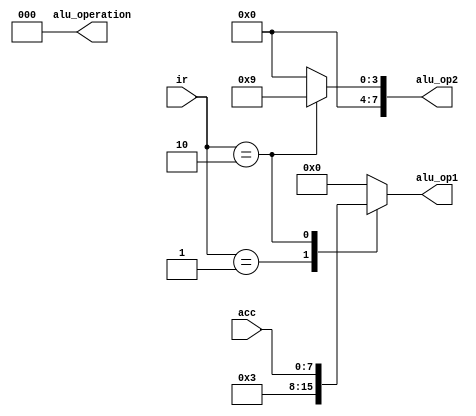
module Decode (
    input [7:0] ir,
    output reg [7:0] alu_op1,
    output reg [7:0] alu_op2,
    output reg [2:0] alu_operation,
    input [7:0] acc
);
    always @(*) begin
        case (ir)
            8'h01: begin
                alu_op1 = 8'd3;  // LOAD 3
                alu_op2 = 8'd0;
                alu_operation = 3'b000;  // ADD operation
            end
            8'h02: begin
                alu_op1 = acc;
                alu_op2 = 8'd9;
                alu_operation = 3'b000;  // ADD operation
            end
            default: begin
                alu_op1 = 8'd0;
                alu_op2 = 8'd0;
                alu_operation = 3'b000;  // NOP
            end
        endcase
    end
endmodule